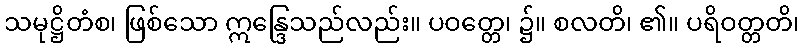
သမုဋ္ဌိတံစ၊ ဖြစ်သော ဣန္ဒြေသည်လည်း။ ပဝတ္တေ၊ ၌။ စလတိ၊ ၏။ ပရိဝတ္တတိ၊